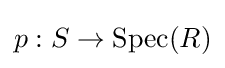
p:S\rightarrow \mathrm {Spec} (R)